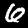
Label: 6